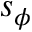
s _ { \phi }